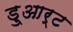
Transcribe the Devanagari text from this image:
डु्आर्ट